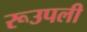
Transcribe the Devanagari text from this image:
रूउपली